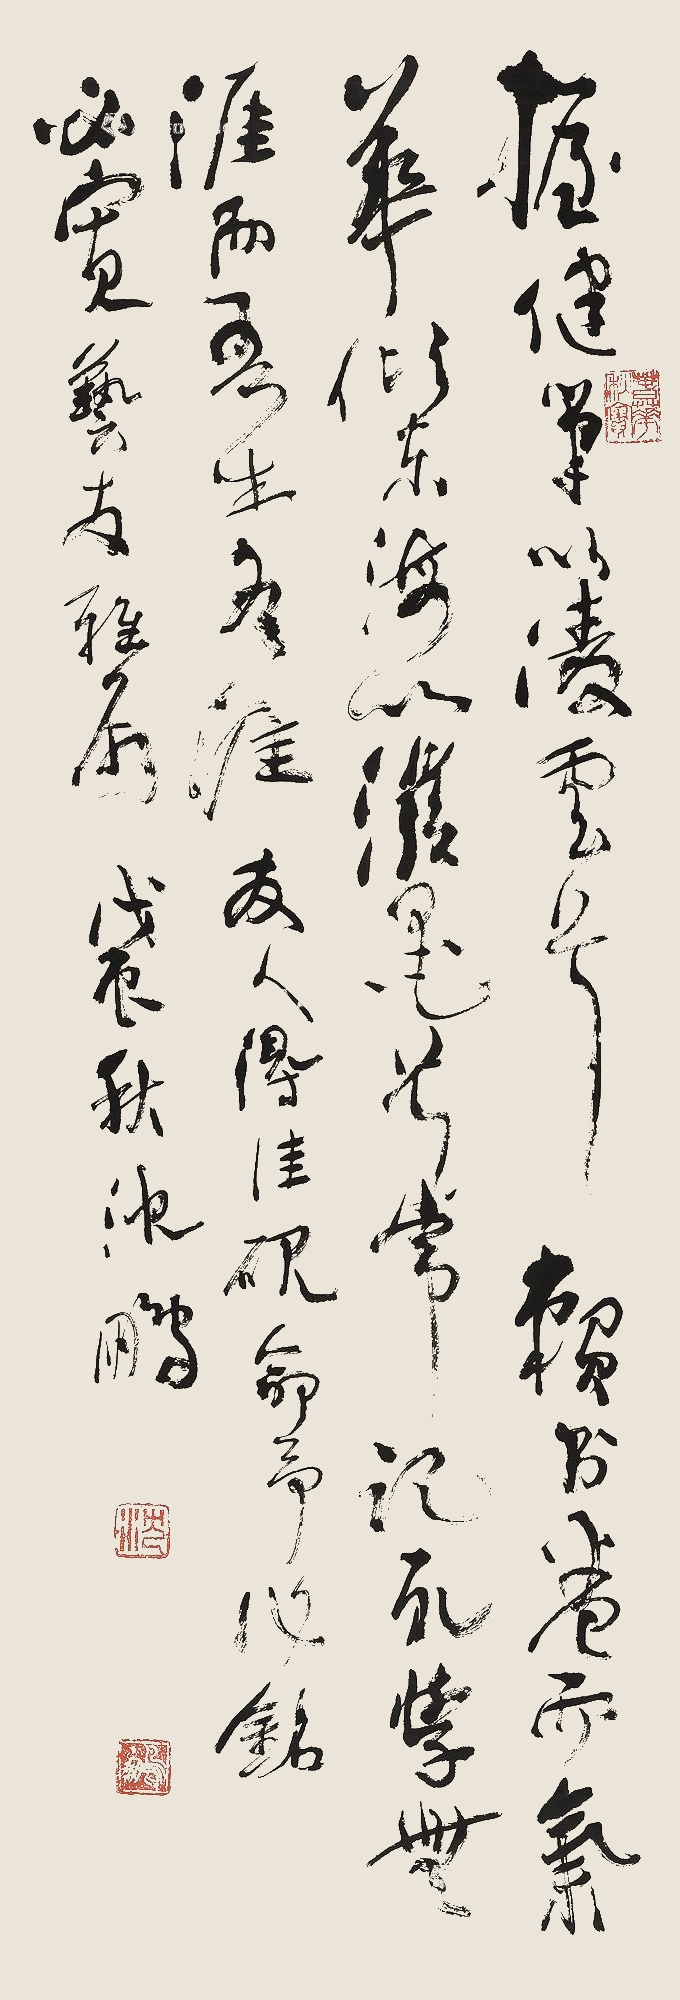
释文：握健笔以凌云兮，赖书卷面气华。倾东海以泼墨兮，常记取学无涯而我生有涯。友人得佳砚，命予作铭，必宽艺友雅属。戊辰秋，沈鹏。